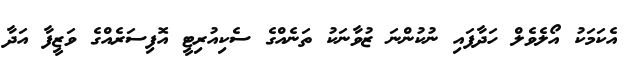
އެކަމަކު އޯލެވެލް ހަދާފައި ނުކުންނަ ޒުވާނަކު ތަނެއްގެ ސެކިއުރިޓީ އޮފިސަރެއްގެ ވަޒީފާ އަދާ